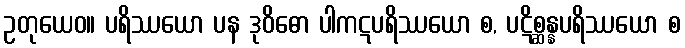
ဥတုယေဝ။ ပရိဿယော ပန ဒုဝိဓော ပါကဋပရိဿယော စ, ပဋိစ္ဆန္နပရိဿယော စ